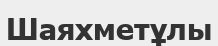
Шаяхметұлы